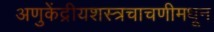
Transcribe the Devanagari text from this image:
अणुकेंद्रीयशस्‍त्रचाचणीमधून